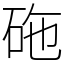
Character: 砤